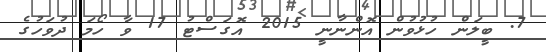
7. ބީލަން ހުޅުވުން އޮންނާނީ 2015 އޮގަސްޓު 17 ވާ ހޯމަ ދުވަހުގެ